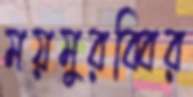
ময়মুরব্বির